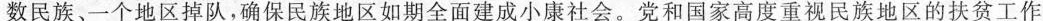
数民族、一个地区掉队，确保民族地区如期全面建成小康社会。党和国家高度重视民族地区的扶贫工作